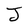
Character: J